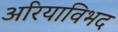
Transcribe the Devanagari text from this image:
अरियाविभद